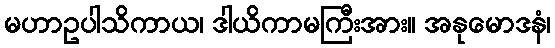
မဟာဥပါသိကာယ၊ ဒါယိကာမကြီးအား။ အနုမောဒနံ၊